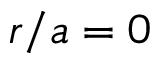
r / a = 0